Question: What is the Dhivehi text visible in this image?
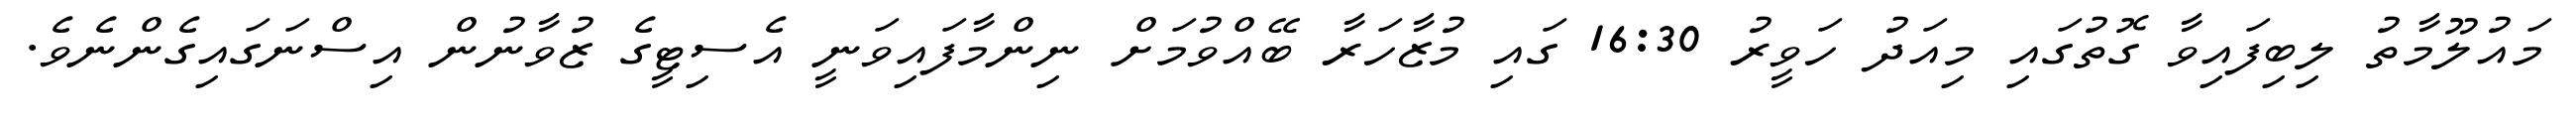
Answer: މައުލޫމާތު ލިބިފައިވާ ގޮތުގައި މިއަދު ހަވީރު 16:30 ގައި މުޒާހަރާ ބޭއްވުމަށް ނިންމާފައިވަނީ އެސިޓީގެ ޒުވާނުން އިސްނަގައިގެންނެވެ.